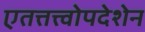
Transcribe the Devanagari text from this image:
एतत्तत्त्वोपदेशेन